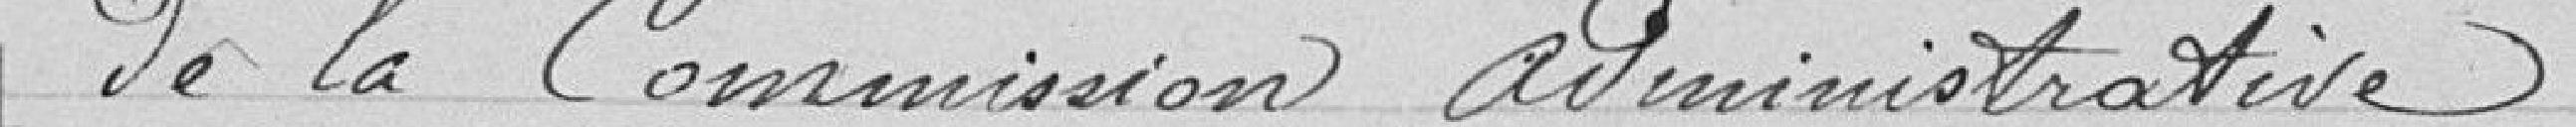
de la commission administrative.